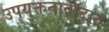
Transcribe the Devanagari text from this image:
उपयुक्ततावादात